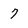
Character: 7